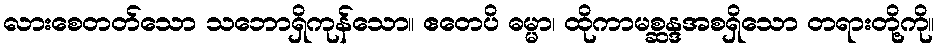
လားစေတတ်သော သဘောရှိကုန်သော။ ဧတေပိ ဓမ္မာ၊ ထိုကာမစ္ဆန္ဒအစရှိသော တရားတို့ကို။